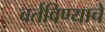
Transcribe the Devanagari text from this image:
वर्तविण्याचे